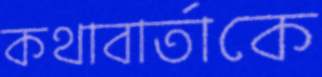
কথাবার্তাকে